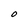
Character: O